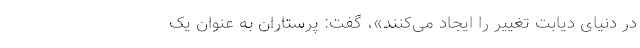
در دنیای دیابت تغییر را ایجاد می‌کنند»، گفت: پرستاران به عنوان یک